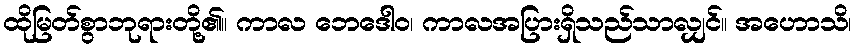
ထိုမြတ်စွာဘုရားတို့၏။ ကာလ ဘေဒေါဝ၊ ကာလအပြားရှိသည်သာလျှင်။ အဟောသိ၊